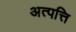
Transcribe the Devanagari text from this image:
अत्पत्ति